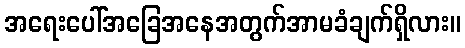
အရေးပေါ်အခြေအနေအတွက်အာမခံချက်ရှိလား။